system: You are a helpful assistant.
user:
Analyze the provided spectrum to determine if it is a **M-type Giant (gM)**.

A M-type Giant spectrum is defined by its **strong molecular absorption** features, particularly from **Titanium Oxide (TiO)**. You must check for one of the following mutually exclusive signatures:

- **Key Visual Indicators (Absorption-Dominated Spectrum):**

    - **(Primary):** The spectrum is dominated by strong molecular absorption from **Titanium Oxide (TiO)**. This is the **defining feature** of its M-type temperature class.
        - **(Key Bandheads):** Look for sharp, "saw-tooth" absorption valleys. The strongest are located near **~7050 Å**, **~6160 Å**, and **~5170 Å**.
        - **(Line Profile):** The "saw-tooth" morphology is critical: a **sharp, steep drop on the BLUE (short-wavelength) side** of the bandhead, followed by a gradual recovery (rising flux) towards the RED (long-wavelength) side.

    - **(Key Confirmation - Giant vs. Dwarf):** **ABSENCE** of strong **Calcium Hydride (CaH)** molecular bands. This is the primary diagnostic for *excluding* M-dwarfs.
        - **(Key Region):** The spectrum should lack the strong, broad absorption band seen in dwarfs between **~6800 Å and ~7000 Å**.

    - **(Secondary Confirmation - Giant):** A very strong and broad **Neutral Calcium (Ca I)** atomic absorption line.
        - **(Key Line):** Located at **~4226 Å**. In a giant (gM), this line is significantly deeper and broader than the same line in an M-dwarf (dM) due to low surface gravity.

    - **(Overall Spectrum):**
        - The continuum is **extremely red-sloping** (i.e., flux is very low in the blue and rises dramatically towards the red).
        - The entire spectrum appears "chopped up" by the deep TiO bands.

Think first, call **spectral_visualization_tool** if needed to examine features in detail, then provide your final answer. Your response must adhere to the following strict rules:
1.  **Overall Structure:** Your response must follow the format `<think>...</think> <tool_call>...</tool_call> (if a tool is used) <answer>...</answer>`.
2.  **Tool Usage Constraint:** You may only make **one** tool call per turn.
3.  **Final Answer Format:** In the `<answer>` tag, your conclusion must be inside a `\boxed{}` command (e.g., `\boxed{YES}` or `\boxed{NO}`), followed by your justification.

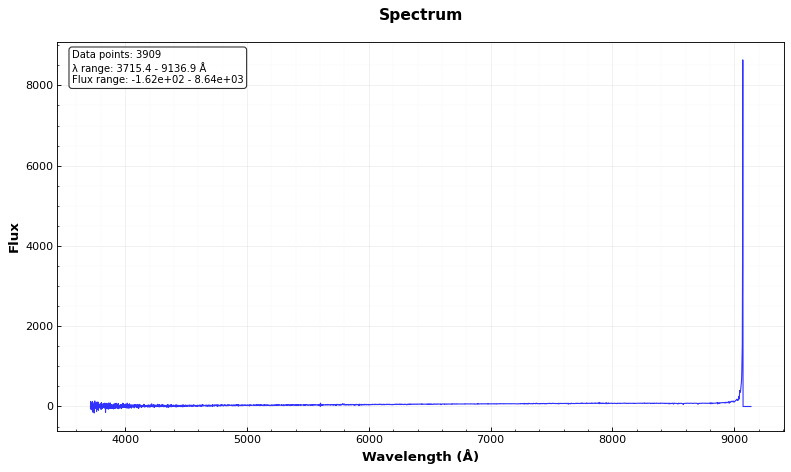
Answer: NO